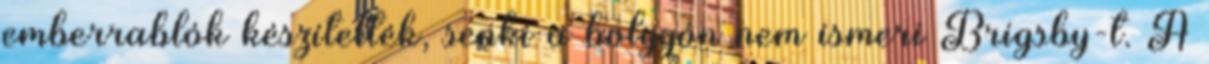
emberrablók készítették, senki a bolygón nem ismeri Brigsby-t. A